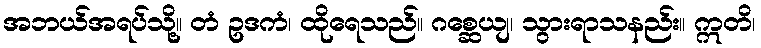
အဘယ်အရပ်သို့။ တံ ဥဒကံ၊ ထိုရေသည်။ ဂစ္ဆေယျ၊ သွားရာသနည်း။ ဣတိ၊